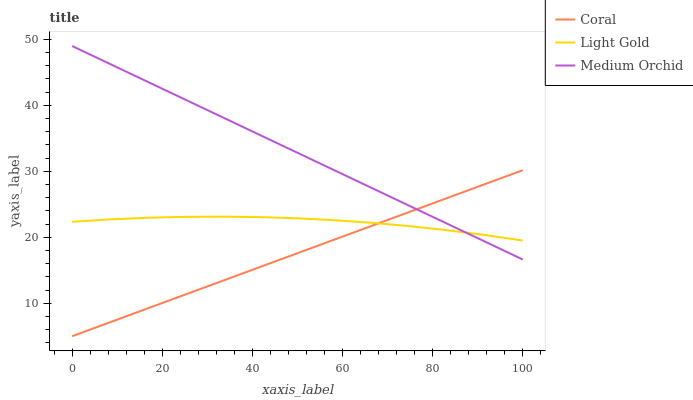
| xaxis_label | Coral | Light Gold | Medium Orchid |
 | --- | --- | --- | --- |
 | 0 | 5 | 22.4 | 49 |
 | 8.33 | 7.1 | 22.7 | 46.3 |
 | 16.7 | 9.2 | 23 | 43.6 |
 | 25 | 11.3 | 23.1 | 40.9 |
 | 33.3 | 13.4 | 23.1 | 38.2 |
 | 41.7 | 15.5 | 23.1 | 35.5 |
 | 50 | 17.6 | 22.9 | 32.8 |
 | 58.3 | 19.7 | 22.6 | 30.1 |
 | 66.7 | 21.8 | 22.2 | 27.4 |
 | 75 | 23.9 | 21.7 | 24.7 |
 | 83.3 | 26 | 21.1 | 22 |
 | 91.7 | 28.1 | 20.3 | 19.3 |
 | 100 | 30.2 | 19.5 | 16.6 |